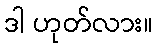
ဒါ ဟုတ်လား။